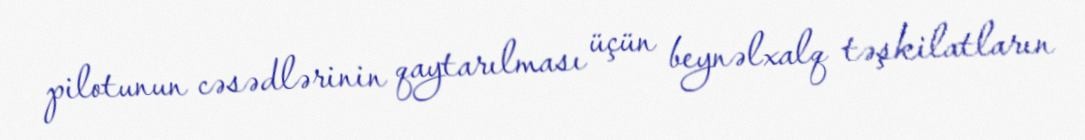
pilotunun cəsədlərinin qaytarılması üçün beynəlxalq təşkilatların